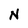
Character: N